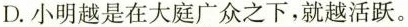
D.小明越是在大庭广众之下，就越活跃。